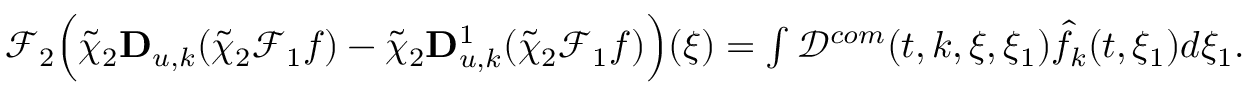
\begin{array} { r } { \mathcal { F } _ { 2 } \Big ( \tilde { \chi } _ { 2 } \mathbf { D } _ { u , k } ( \tilde { \chi } _ { 2 } \mathcal { F } _ { 1 } { f } ) - \tilde { \chi } _ { 2 } \mathbf { D } _ { u , k } ^ { 1 } ( \tilde { \chi } _ { 2 } \mathcal { F } _ { 1 } { f } ) \Big ) ( \xi ) = \int \mathcal { D } ^ { c o m } ( t , k , \xi , \xi _ { 1 } ) \hat { f } _ { k } ( t , \xi _ { 1 } ) d \xi _ { 1 } . } \end{array}